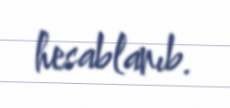
hesablanıb.